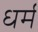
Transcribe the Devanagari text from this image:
ध्‍ार्म